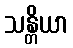
သန္တိယာ